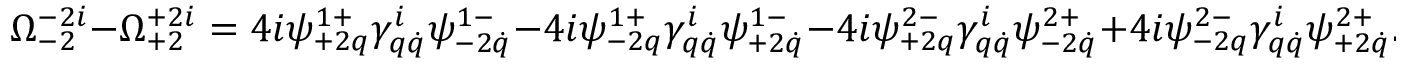
\Omega _ { - 2 } ^ { - 2 i } - \Omega _ { + 2 } ^ { + 2 i } = 4 i \psi _ { + 2 q } ^ { 1 + } \gamma _ { q \dot { q } } ^ { i } \psi _ { - 2 \dot { q } } ^ { 1 - } - 4 i \psi _ { - 2 q } ^ { 1 + } \gamma _ { q \dot { q } } ^ { i } \psi _ { + 2 \dot { q } } ^ { 1 - } - 4 i \psi _ { + 2 q } ^ { 2 - } \gamma _ { q \dot { q } } ^ { i } \psi _ { - 2 \dot { q } } ^ { 2 + } + 4 i \psi _ { - 2 q } ^ { 2 - } \gamma _ { q \dot { q } } ^ { i } \psi _ { + 2 \dot { q } } ^ { 2 + } .